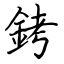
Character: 銬